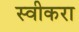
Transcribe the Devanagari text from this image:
स्वीकरा